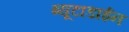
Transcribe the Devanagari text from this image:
ब्यूटाडाईन